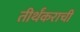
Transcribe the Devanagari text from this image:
तीर्थंकराची